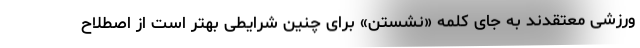
ورزشی معتقدند به جای کلمه «نشستن» برای چنین شرایطی بهتر است از اصطلاح